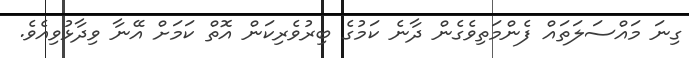
ގިނަ މައްސަލަތައް ފެންމަތިވެގެން ދާނެ ކަމުގެ ބިރުވެރިކަން އޮތް ކަމަށް އޭނާ ވިދާޅުވިއެވެ.